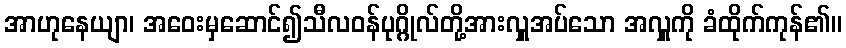
အာဟုနေယျာ၊ အဝေးမှဆောင်၍သီလဝန်ပုဂ္ဂိုလ်တို့အားလှူအပ်သော အလှူကို ခံထိုက်ကုန်၏။